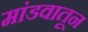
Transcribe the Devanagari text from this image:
मांडवातून